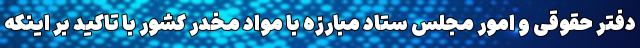
دفتر حقوقی و امور مجلس ستاد مبارزه با مواد مخدر کشور با تاکید بر اینکه